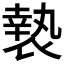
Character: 𭏲